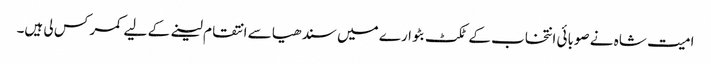
امیت شاہ نے صوبائی انتخاب کے ٹکٹ بٹوارے میں سندھیا سے انتقام لینے کے لیے کمر کس لی ہیں۔